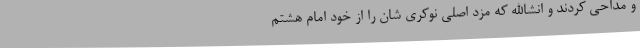
و مداحی کردند و انشاالله که مزد اصلی نوکری شان را از خود امام هشتم